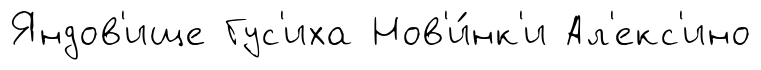
Яндов'ище Гус'иха Нов'и́нк'и Ал'екс'ино